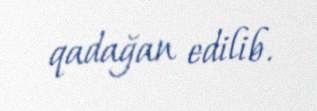
qadağan edilib.